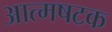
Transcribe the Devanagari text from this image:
आत्मषटक